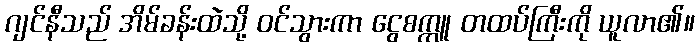
ဂျင်နီသည် အိမ်ခန်းထဲသို့ ဝင်သွားကာ ငွေစက္ကူ တထပ်ကြီးကို ယူလာ၏။